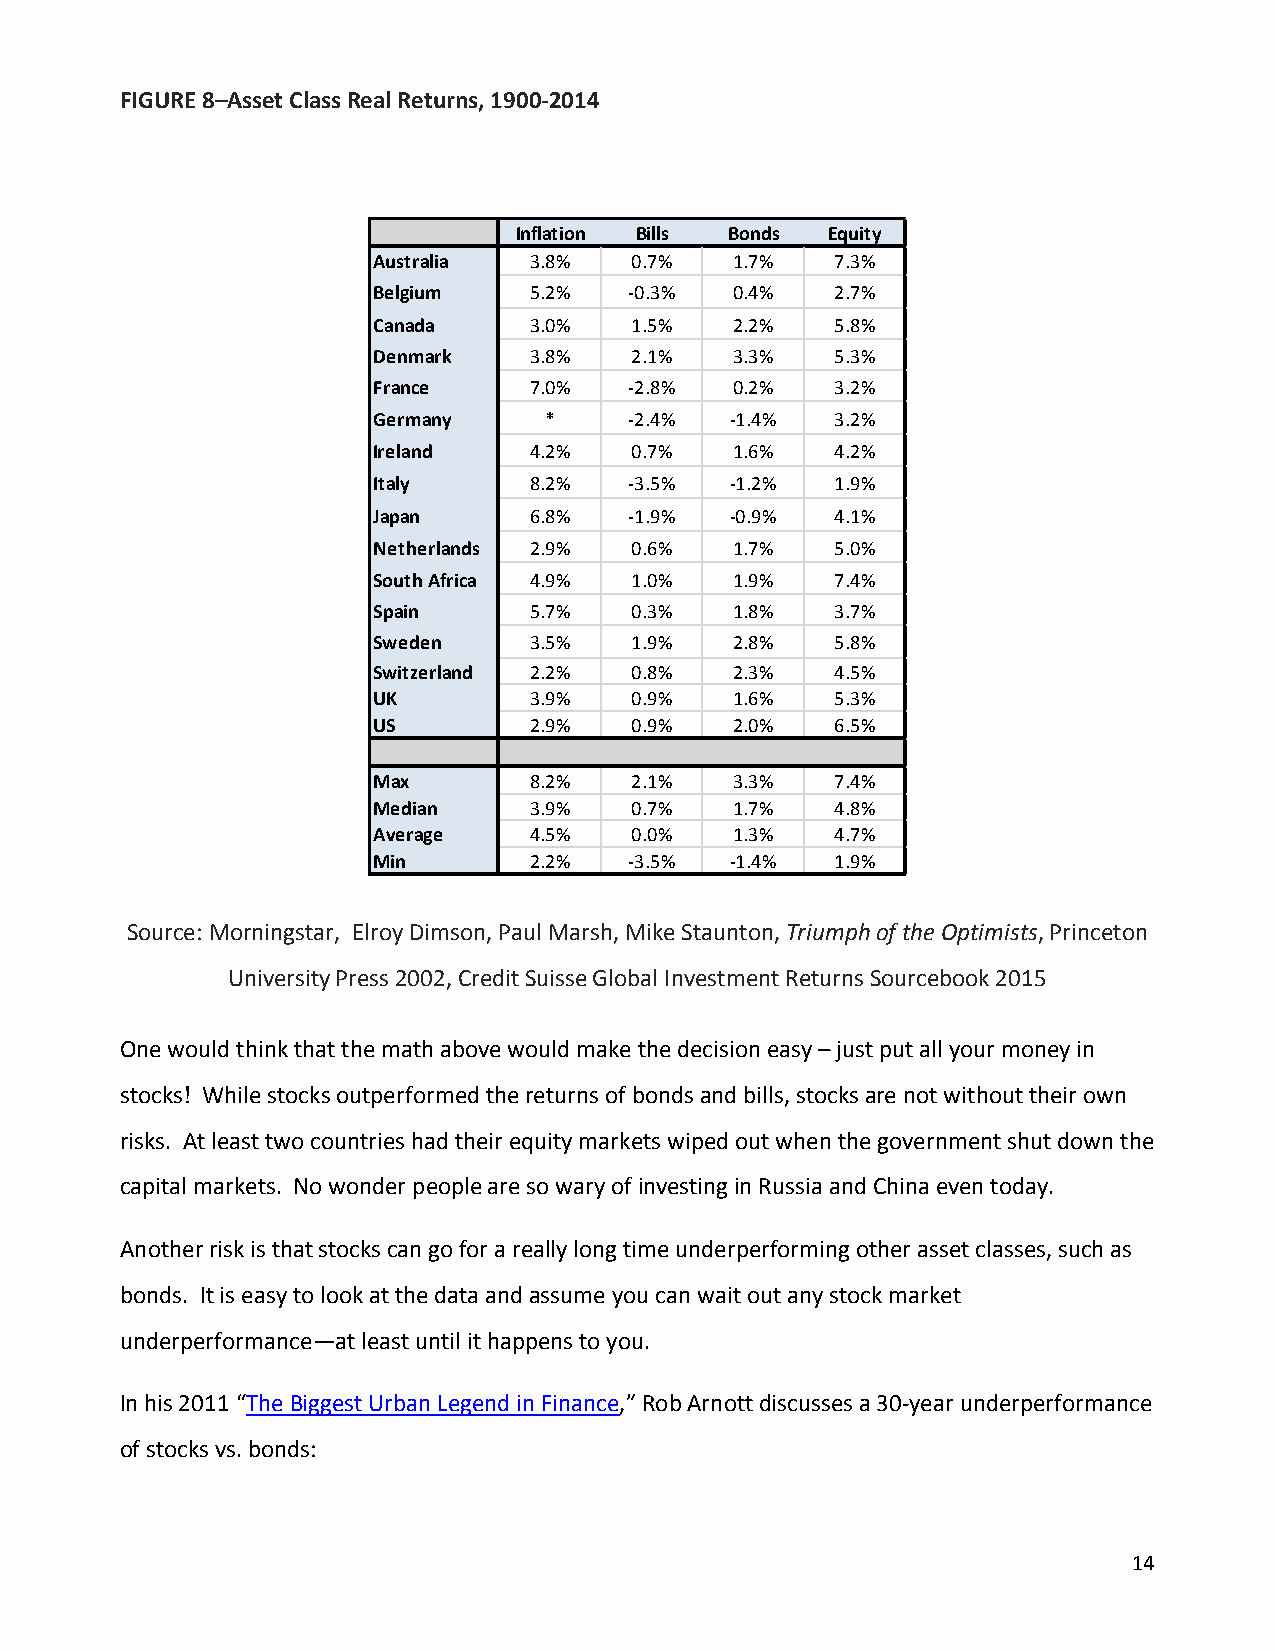
FIGURE 8–Asset Class Real Returns, 1900-2014
 Inflation Bills Bonds Equity
 Australia 3.8%   0.7%   1.7%  7.3%
 Belgium   5.2%   -0.3%  0.4%  2.7%
 Canada    3.0%   1.5%   2.2%  5.8%
 Denmark   3.8%   2.1%   3.3%  5.3%
 France    7.0%   -2.8%  0.2%  3.2%
 Germany    *     -2.4% -1.4%  3.2%
 Ireland   4.2%   0.7%   1.6%  4.2%
 Italy     8.2%   -3.5% -1.2%  1.9%
 Japan     6.8%   -1.9% -0.9%  4.1%
 Netherlands 2.9% 0.6%   1.7%  5.0%
 South Africa 4.9% 1.0%  1.9%  7.4%
 Spain     5.7%   0.3%   1.8%  3.7%
 Sweden    3.5%   1.9%   2.8%  5.8%
 Switzerland 2.2% 0.8%   2.3%  4.5%
 UK        3.9%   0.9%   1.6%  5.3%
 US        2.9%   0.9%   2.0%  6.5%
 Max       8.2%   2.1%   3.3%  7.4%
 Median    3.9%   0.7%   1.7%  4.8%
 Average   4.5%   0.0%   1.3%  4.7%
 Min       2.2%   -3.5% -1.4%  1.9%
 Source: Morningstar, Elroy Dimson, Paul Marsh, Mike Staunton, Triumph of the Optimists, Princeton
 University Press 2002, Credit Suisse Global Investment Returns Sourcebook 2015
 One would think that the math above would make the decision easy – just put all your money in
 stocks! While stocks outperformed the returns of bonds and bills, stocks are not without their own
 risks. At least two countries had their equity markets wiped out when the government shut down the
 capital markets. No wonder people are so wary of investing in Russia and China even today.
 Another risk is that stocks can go for a really long time underperforming other asset classes, such as
 bonds. It is easy to look at the data and assume you can wait out any stock market
 underperformance—at least until it happens to you.
 In his 2011 “The Biggest Urban Legend in Finance,” Rob Arnott discusses a 30-year underperformance
 of stocks vs. bonds:
 14